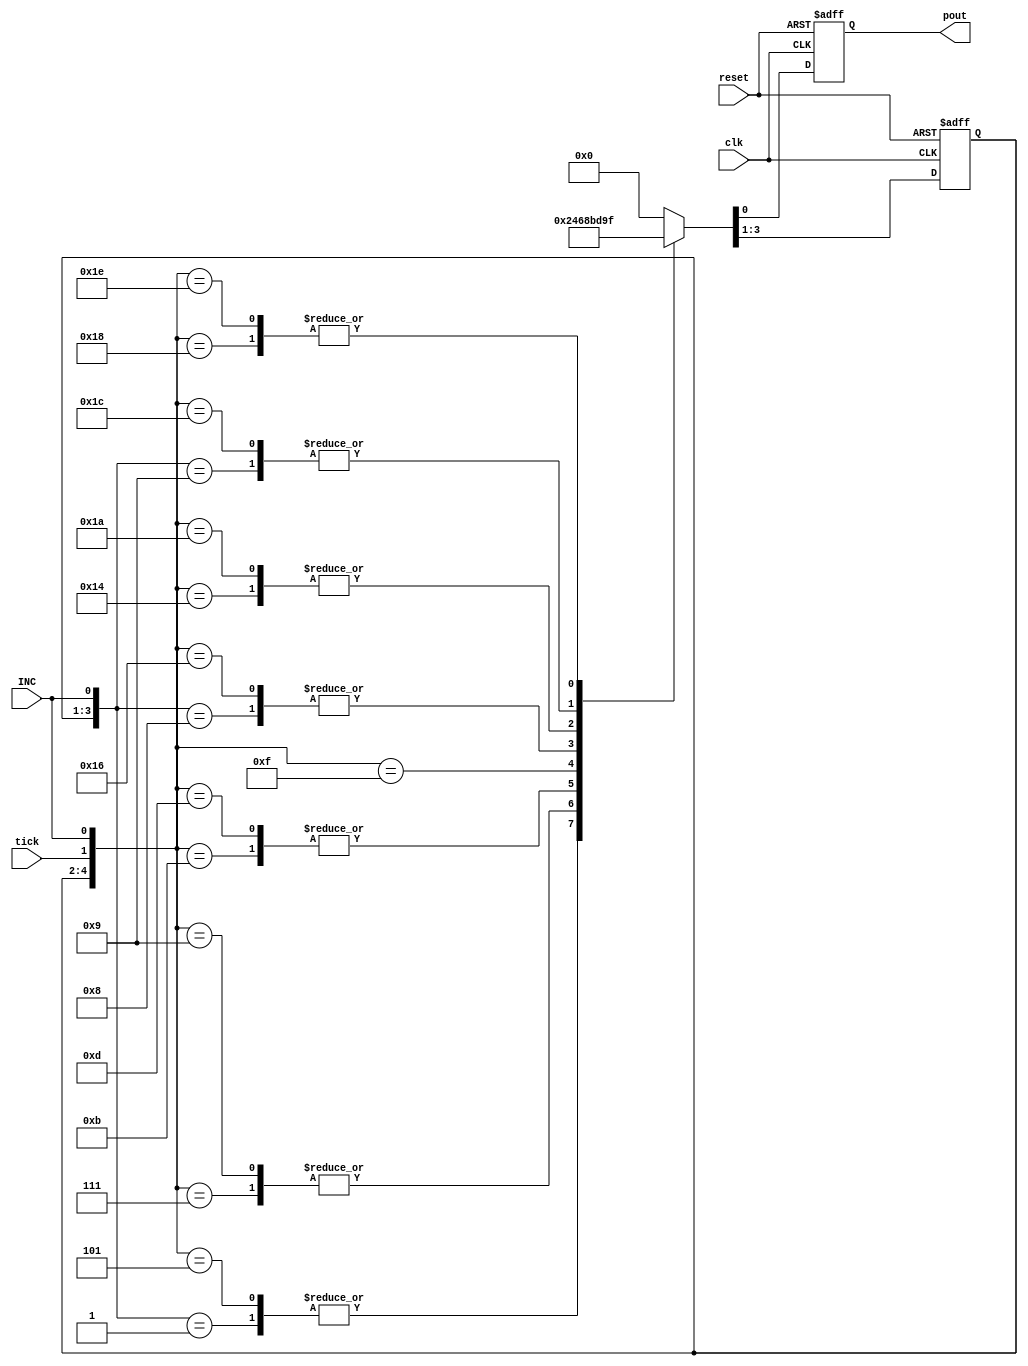
`timescale 1ns / 1ps
//****************************************************************// 
//                                                                // 
//  Created by       Thomas Nguyen on 09/20/2018.                 // 
//  Copyright c 2019 Thomas Nguyen. All rights reserved.          // 
//                                                                // 
//                                                                // 
//  In submitting this file for class work at CSULB               // 
//  I am confirming that this is my work and the work             // 
//  of no one else. In submitting this code I acknowledge that    // 
//  plagiarism in student project work is subject to dismissal.   //  
//  from the class                                                // 
//****************************************************************// 
module debounce(clk, reset, tick, INC, pout);

input             clk, reset, tick, INC;
output reg        pout;
reg        [2:0]  nstate, pstate;
reg               nout;

// Next State Combinational Logic    
always @ (*) 
	casex ({pstate, tick, INC})
      // State 0_0 // require INC to reach stabilization on press
      5'b000_x_1 : {nstate, nout} = {3'b001, 1'b0};
      // State 0_1
      5'b001_0_1 : {nstate, nout} = {3'b001, 1'b0};
      5'b001_1_1 : {nstate, nout} = {3'b010, 1'b0};
      // State 0_2
      5'b010_0_1 : {nstate, nout} = {3'b010, 1'b0};
      5'b010_1_1 : {nstate, nout} = {3'b011, 1'b0};
      // State 0_3
      5'b011_0_1 : {nstate, nout} = {3'b011, 1'b0};
      5'b011_1_1 : {nstate, nout} = {3'b100, 1'b0};
      // State 1_0 // inverts required INC to reach stabilization on release
      5'b100_x_1 : {nstate, nout} = {3'b100, 1'b1};
      5'b100_x_0 : {nstate, nout} = {3'b101, 1'b1};
      // State 1_1
      5'b100_x_1 : {nstate, nout} = {3'b100, 1'b1};
      5'b101_0_0 : {nstate, nout} = {3'b110, 1'b1};
      5'b101_1_0 : {nstate, nout} = {3'b101, 1'b1};
      // State 1_2
      5'b100_x_1 : {nstate, nout} = {3'b100, 1'b1};
      5'b110_0_0 : {nstate, nout} = {3'b111, 1'b1};
      5'b110_1_0 : {nstate, nout} = {3'b110, 1'b1};
      // State 1_3
      5'b100_x_1 : {nstate, nout} = {3'b100, 1'b1};
      5'b111_0_0 : {nstate, nout} = {3'b100, 1'b1};
      5'b111_1_0 : {nstate, nout} = {3'b111, 1'b1};
 
      default : {nstate, nout} = {3'b000, 1'b0};
   endcase

// State Register Sequential Logic
always @ (posedge clk or posedge reset)
	if (reset == 1) begin
		pstate <= 3'b000;
      pout <= 3'b000;
      end
	else begin
		pstate <= nstate;
      pout <= nout;
      end
      
endmodule